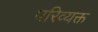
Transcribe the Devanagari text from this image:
परिव्यक्त